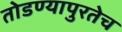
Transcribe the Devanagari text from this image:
तोडण्यापुरतेच